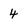
Character: 4